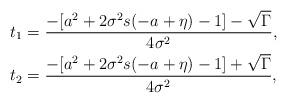
LaTeX: \begin{align*}t_1 &= \frac{-[a^2+2\sigma^2 s(-a +\eta) - 1] - \sqrt{\Gamma}}{4\sigma^2}, \\t_2 &= \frac{-[a^2+2\sigma^2 s(-a +\eta) - 1] + \sqrt{\Gamma}}{4\sigma^2} ,\end{align*}